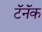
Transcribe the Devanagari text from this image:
टॅनॅक